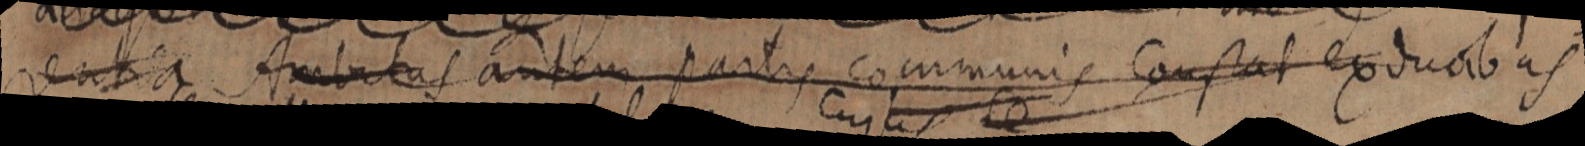
enti Amibitas antem pactes cammunis constat exducio as